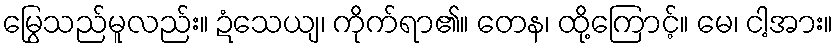
မြွေသည်မူလည်း။ ဍံသေယျ၊ ကိုက်ရာ၏။ တေန၊ ထို့ကြောင့်။ မေ၊ ငါ့အား။